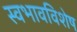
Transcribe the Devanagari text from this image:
स्वभावविशेष